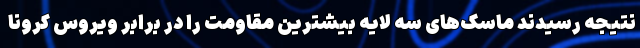
نتیجه رسیدند ماسک‌های سه لایه بیشترین مقاومت را در برابر ویروس کرونا